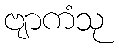
ဗျာကံသု